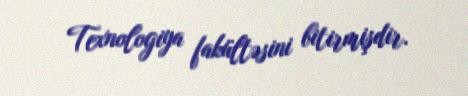
Texnologiya fakültəsini bitirmişdir.